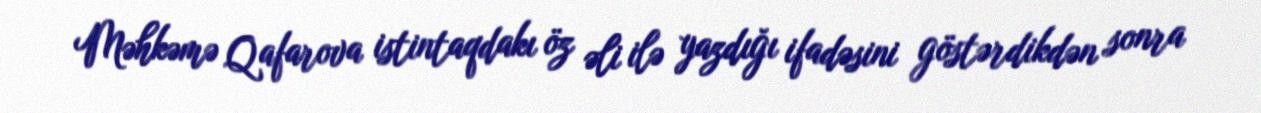
Məhkəmə Qafarova istintaqdakı öz əli ilə yazdığı ifadəsini göstərdikdən sonra